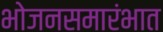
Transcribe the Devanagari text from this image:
भोजनसमारंभात